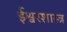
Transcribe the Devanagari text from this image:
ईश्वरशास्त्र